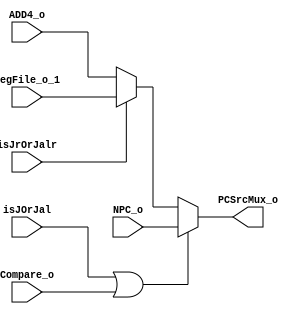
module PCSrcMux(ADD4_o,RegFile_o_1,NPC_o,isJOrJal,Compare_o,isJrOrJalr,PCSrcMux_o);
  input[31:0] ADD4_o;
  input[31:0] RegFile_o_1;
  input[31:0] NPC_o;

  input isJOrJal;
  input Compare_o;
  input isJrOrJalr;
      
  output[31:0] PCSrcMux_o;
  
  assign PCSrcMux_o=(isJOrJal||Compare_o)?NPC_o:(isJrOrJalr?RegFile_o_1:ADD4_o);
  
  
  

endmodule

//has been reformed.
//Its output is the input of PC.

//isJumpOrBranch= isJOrJal | Compare_o | isJrOrJalr